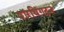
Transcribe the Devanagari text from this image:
वॉरथिंगटन